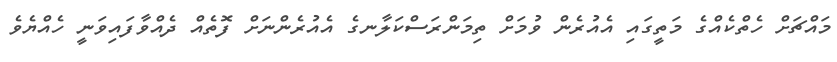
މައްޗަށް ހެތްކެއްގެ މަތީގައި އެއުރެން ވުމަށް ތިމަންރަސްކަލާނގެ އެއުރެންނަށް ފޮތެއް ދެއްވާފައިވަނީ ހެއްޔެވެ